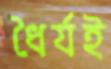
ধৈর্যই